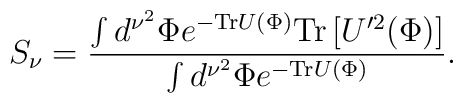
S_{\nu}={\int d^{\nu^2}\Phi e^{-{\rm Tr} U(\Phi)} {\rm Tr}\left[U'^2(\Phi)\right]\over\int d^{\nu^2}\Phi e^{-{\rm Tr}U(\Phi)}}.